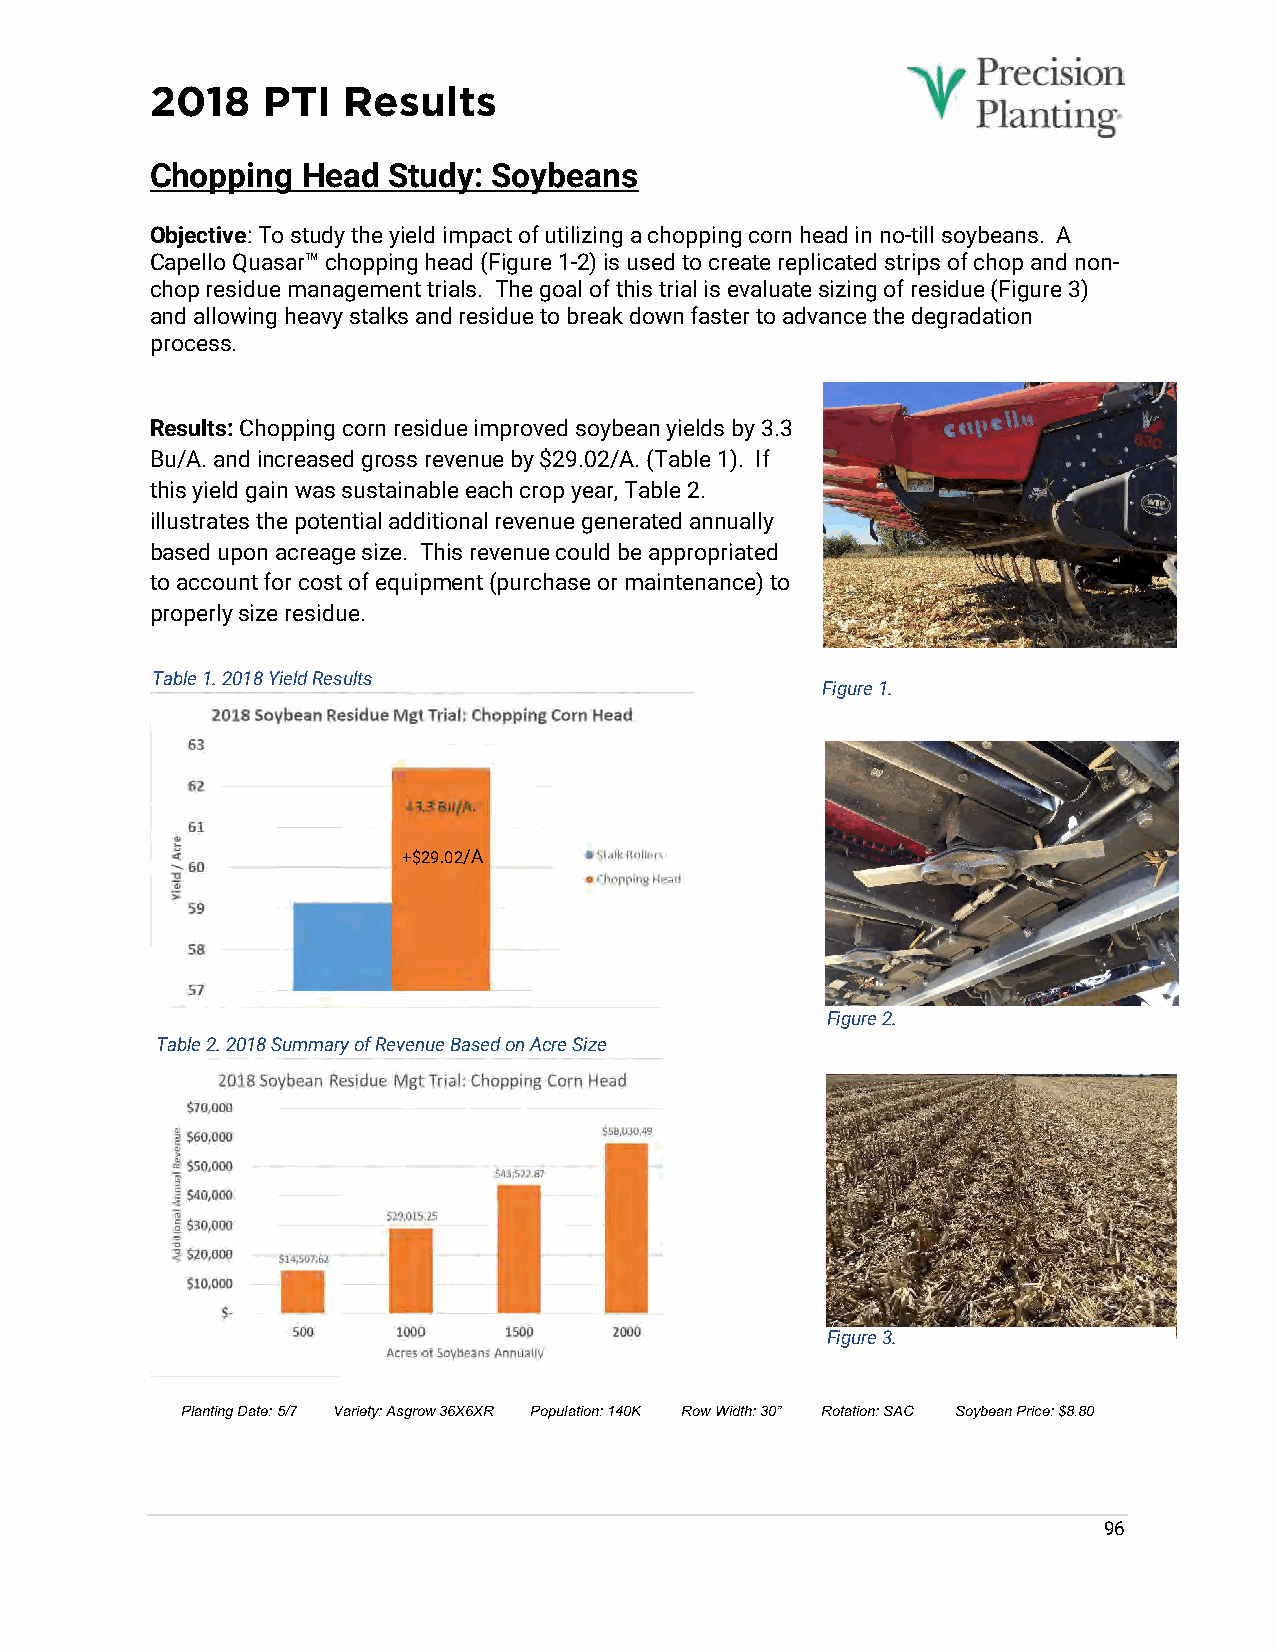
2018   PTI   Results
 Chopping  Head  Study: Soybeans
 Objective: To study the yield impact of utilizing a chopping corn head in no-till soybeans. A
 Capello Quasar™ chopping head (Figure 1-2) is used to create replicated strips of chop and non-
 chop residue management trials. The goal of this trial is evaluate sizing of residue (Figure 3)
 and allowing heavy stalks and residue to break down faster to advance the degradation
 process.
 Results: Chopping corn residue improved soybean yields by 3.3
 Bu/A. and increased gross revenue by $29.02/A. (Table 1). If
 this yield gain was sustainable each crop year, Table 2.
 illustrates the potential additional revenue generated annually
 based upon acreage size. This revenue could be appropriated
 to account for cost of equipment (purchase or maintenance) to
 properly size residue.
 Table 1. 2018 Yield Results
 Figure 1.
 +$29.02/A
 .
 Figure 2.
 Table 2. 2018 Summary of Revenue Based on Acre Size
 Figure 3.
 Planting Date: 5/7 Variety: Asgrow 36X6XR Population: 140K Row Width: 30” Rotation: SAC Soybean Price: $8.80
 96